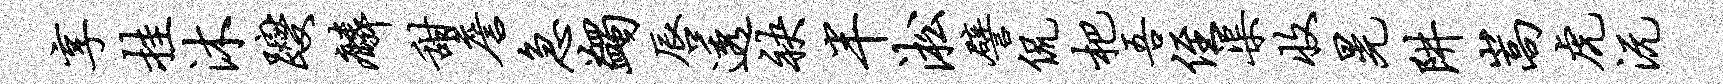
享挂沐躞麟甜詹急蠲唇透袂半淞譬侃杷吾侄渠收晃阱嵩虎沅